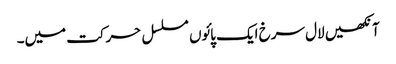
آنکھیں لال سرخ ایک پائوں مسلسل حرکت میں۔